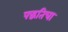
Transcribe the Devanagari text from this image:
पद्धतिचा